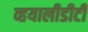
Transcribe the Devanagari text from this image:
व्हयालीडीटी